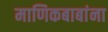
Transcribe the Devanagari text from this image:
माणिकबाबांना